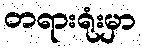
တရားရုံးမှာ